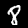
Label: 8